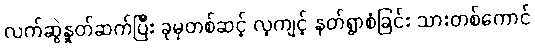
လက်ဆွဲနှုတ်ဆက်ပြီး ခုမှတစ်ဆင့် လ့ကျင့် နတ်ရွာစံခြင်း သားတစ်ကောင်